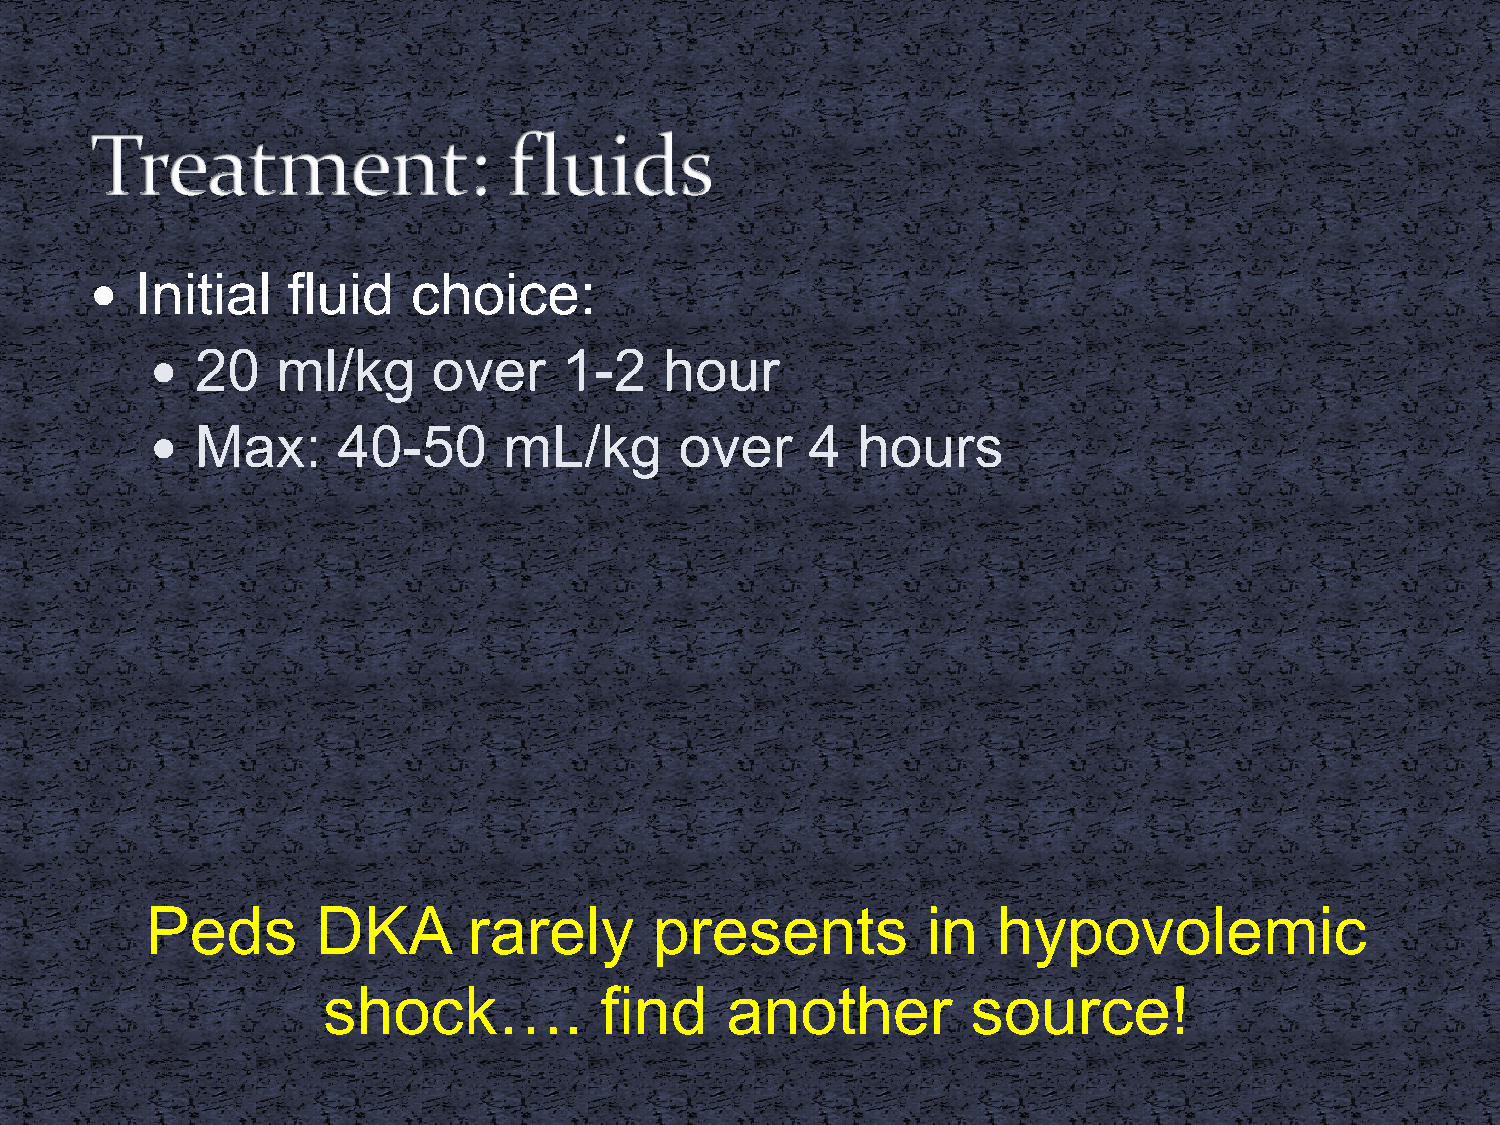
  Initial   fluid   choice:
   20   ml/kg      over    1-2    hour
   Max:     40-50      mL/kg       over     4  hours
 Peds       DKA       rarely      presents          in   hypovolemic
 shock….            find    another         source!